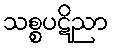
သစ္စပဋိညာ